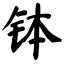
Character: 钵